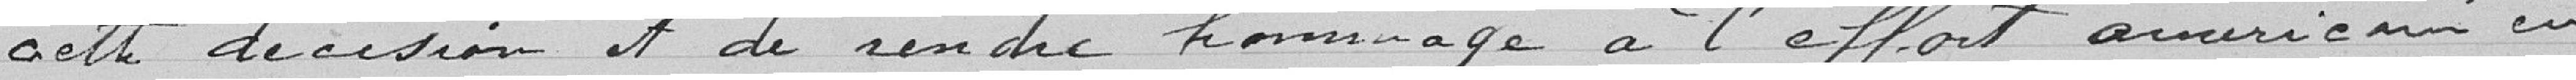
cette décision et de rendre hommage à l'effort américain en